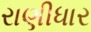
રાણીધાર